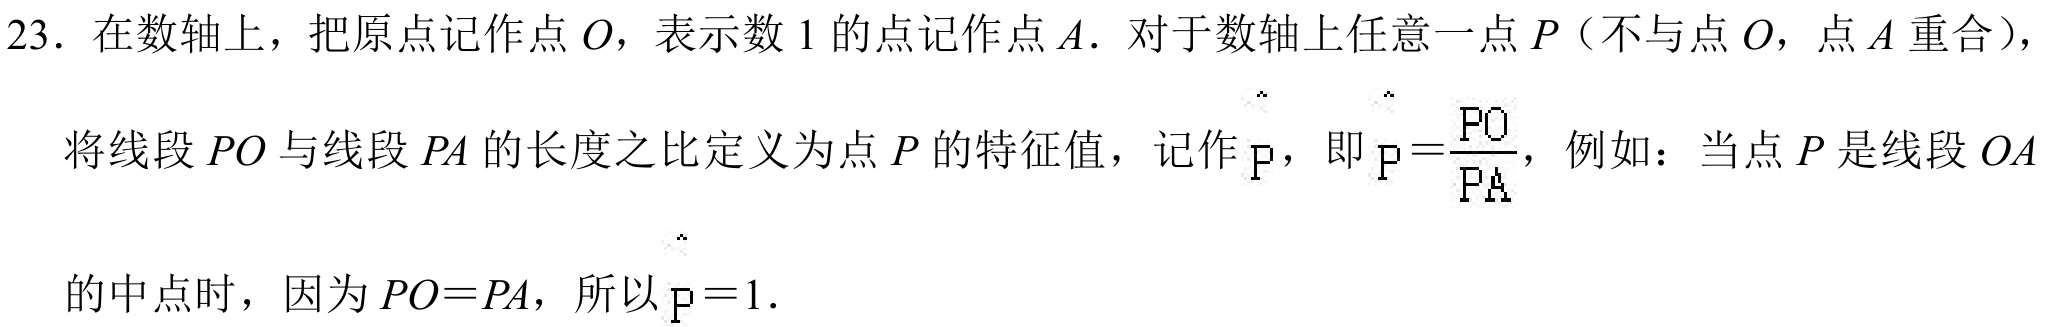
23. 在数轴上，把原点记作点\(O\)，表示数\(1\)的点记作点\(A\). 对于数轴上任意一点\(P\)（不与点\(O\)，点\(A\)重合），
将线段\(PO\)与线段\(PA\)的长度之比定义为点\(P\)的特征值，记作\(\lambda_{P}\)，即\(\lambda_{P}=\frac{PO}{PA}\)，例如：当点\(P\)是线段\(OA\)
的中点时，因为\(PO = PA\)，所以\(\lambda_{P}=1\).